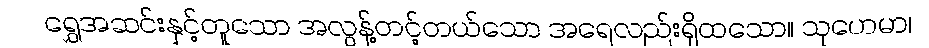
ရွှေအဆင်းနှင့်တူသော အလွန့်တင့်တယ်သော အရေလည်းရှိထသော။ သုဟေမာ၊